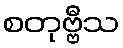
စတုဗ္ဗီသ